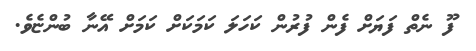
ފޫ ނެތް ފަޔަށް ފެން ފުރުން ކަހަލަ ކަމަކަށް ކަމަށް އޭނާ ބުންޏެވެ.